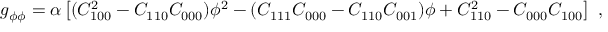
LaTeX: g _ { \phi \phi } = \alpha \left[ ( C _ { 1 0 0 } ^ { 2 } - C _ { 1 1 0 } C _ { 0 0 0 } ) \phi ^ { 2 } - ( C _ { 1 1 1 } C _ { 0 0 0 } - C _ { 1 1 0 } C _ { 0 0 1 } ) \phi + C _ { 1 1 0 } ^ { 2 } - C _ { 0 0 0 } C _ { 1 0 0 } \right] \ ,